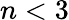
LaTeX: n<3